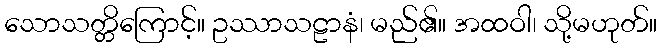
သောသတ္တိကြောင့်။ ဥဿာသဠာနံ၊ မည်၏။ အထဝါ၊ သို့မဟုတ်။